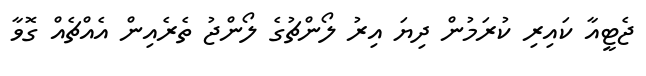
ޖެޓީއާ ކައިރި ކުރަމުން ދިޔަ އިރު ލޯންޗުގެ ލޯންޖު ތެރެއިން އެއްޗެއް ގޮވާ